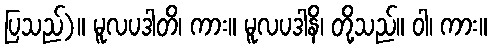
ပြသည်)။ မူလပဒါတိ၊ ကား။ မူလပဒါနိ၊ တို့သည်။ ဝါ၊ ကား။